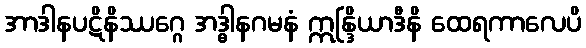
အာဒါနပဋိနိဿဂ္ဂေ အဒ္ဓါနဂမနံ ဣန္ဒြိယာဒီနိ ထေရကာလေပိ